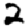
Digit: 2